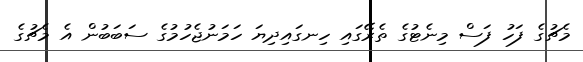
މެޗުގެ ފަހު ފަސް މިނެޓުގެ ތެރޭގައި ހިނގައިދިޔަ ހަމަނުޖެހުމުގެ ސަބަބުން އެ މެޗުގެ